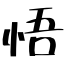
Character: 悟